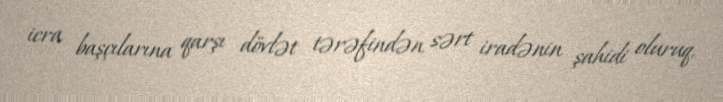
icra başçılarına qarşı dövlət tərəfindən sərt iradənin şahidi oluruq.